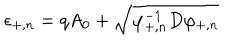
\epsilon _ { + , n } = q A _ { 0 } + \sqrt { \varphi _ { + , n } ^ { - 1 } D \varphi _ { + , n } }